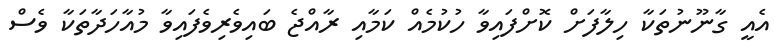
އެއީ ގާނޫނުތަކާ ހިލާފަށް ކޮށްފައިވާ ހުކުމެއް ކަމާއި ރާއްޖެ ބައިވެރިވެފައިވާ މުއާހަދާތަކާ ވެސް